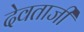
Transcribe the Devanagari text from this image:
देवताजी